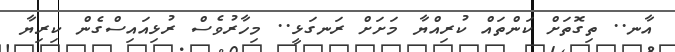
އާނ.. ތިގޮތަށް ކަންތައް ކުރިއްޔާ މަށަަށް ރަނގަޅީ.. މިހާރުވެސް ރުޅިއައިސްގެން ކިރިޔާ